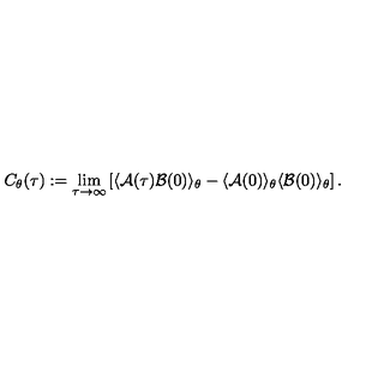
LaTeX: C _ { \theta } ( \tau ) : = \lim _ { \tau \rightarrow \infty } \left[ \langle { \cal A } ( \tau ) { \cal B } ( 0 ) \rangle _ { \theta } - \langle { \cal A } ( 0 ) \rangle _ { \theta } \langle { \cal B } ( 0 ) \rangle _ { \theta } \right] .